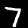
Label: 7